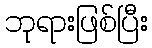
ဘုရားဖြစ်ပြီး